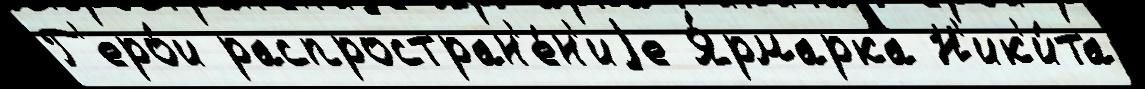
Г'еро́и распростран'е́н'иjе Я́рмарка Н'ик'и́та